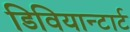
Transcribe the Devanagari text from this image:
डिवियान्टार्ट